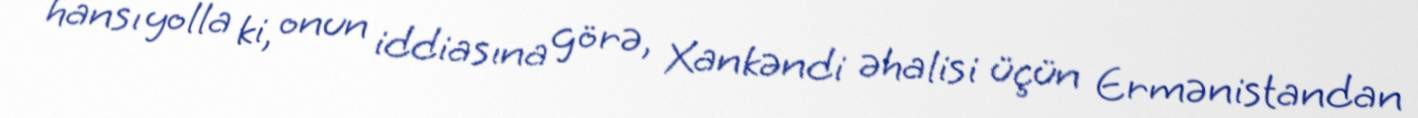
hansı yolla ki, onun iddiasına görə, Xankəndi əhalisi üçün Ermənistandan